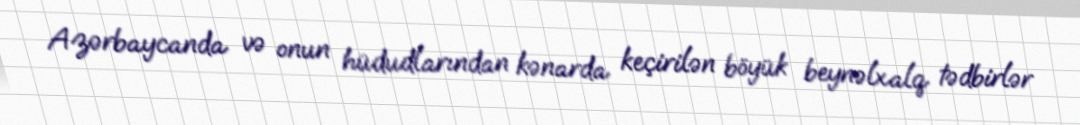
Azərbaycanda və onun hüdudlarından kənarda keçirilən böyük beynəlxalq tədbirlər